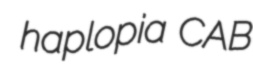
haplopia CAB